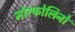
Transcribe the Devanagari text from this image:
मोरफोलिनो